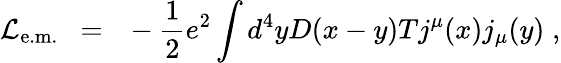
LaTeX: {\cal L}_{\mathrm{e.m.}}~~=~~-{\frac{1}{2}}e^{2}\int d^{4}yD(x-y)Tj^{\mu}(x)j_{\mu}(y)\; ,